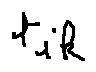
t _ { i k }